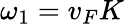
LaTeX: \omega_{1}=v_{F}K